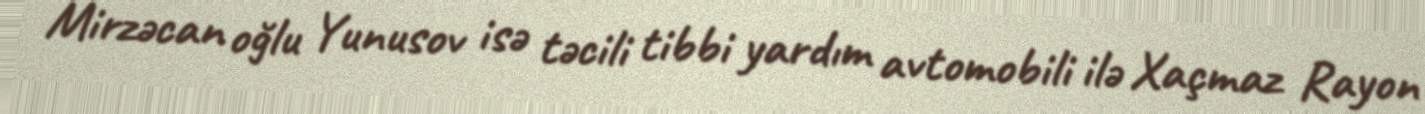
Mirzəcan oğlu Yunusov isə təcili tibbi yardım avtomobili ilə Xaçmaz Rayon